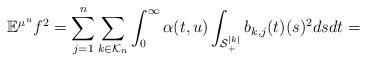
LaTeX: \begin{align*}\mathbb{E}^{\mu^u}f^2 =\sum^n_{j=1} \sum_{k\in \mathcal{K}_n} \int^\infty_{0} \alpha(t,u) \int_{\mathcal{S}^{|k|}_+} b_{k,j}(t)(s)^2dsdt=\end{align*}